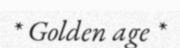
* Golden age *